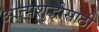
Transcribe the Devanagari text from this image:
आत्मशुद्धीसाठी